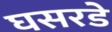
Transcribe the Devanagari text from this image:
घसरडे